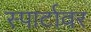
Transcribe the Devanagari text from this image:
स्पार्टावर